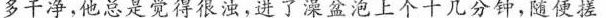
多干净，他总是觉得很浊，进了澡盆泡上个十几分钟，随便搓